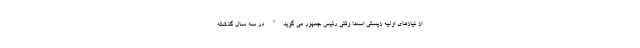
از نیازهای اولیه زیستی است! وقتی رئیس جمهور می گوید" در سه سال گذشته